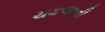
ચકલાની